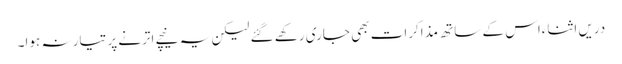
دریں اثناءاس کے ساتھ مذاکرات بھی جاری رکھے گئے لیکن یہ نیچے اترنے پر تیار نہ ہوا۔